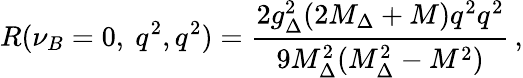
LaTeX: R(\nu_{B}=0,\ q^{2},q^{2})={\frac{2g_{\Delta}^{2}(2M_{\Delta}+M)q^{2}q^{2}}{9M_{\Delta}^{2}(M_{\Delta}^{2}-M^{2})}}\, ,